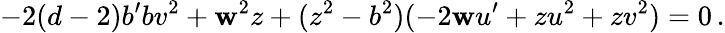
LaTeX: -2(d-2)b^{\prime}bv^{2}+\mathbf{w}^{2}z+(z^{2}-b^{2})(-2\mathbf{w}u^{\prime}+zu^{2}+zv^{2})=0\, .